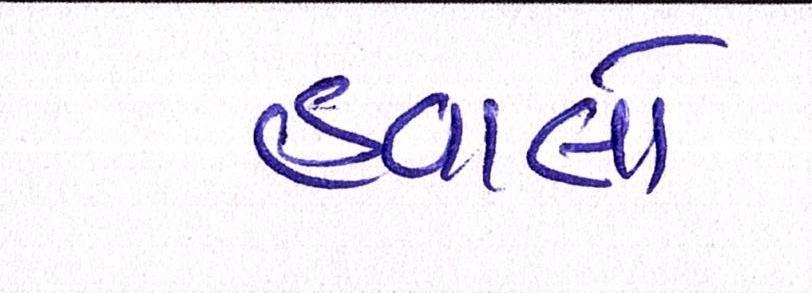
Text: હવાલો